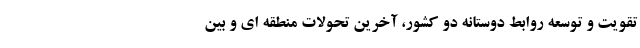
تقویت و توسعه روابط دوستانه دو کشور، آخرین تحولات منطقه ای و بین